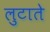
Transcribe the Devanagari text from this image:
लुटाते